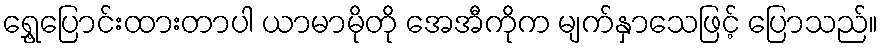
ရွှေ့ပြောင်းထားတာပါ ယာမာမိုတို အေအီကိုက မျက်နှာသေဖြင့် ပြောသည်။